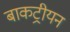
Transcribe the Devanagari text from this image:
बाकट्रीयन